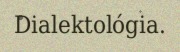
Dialektológia.